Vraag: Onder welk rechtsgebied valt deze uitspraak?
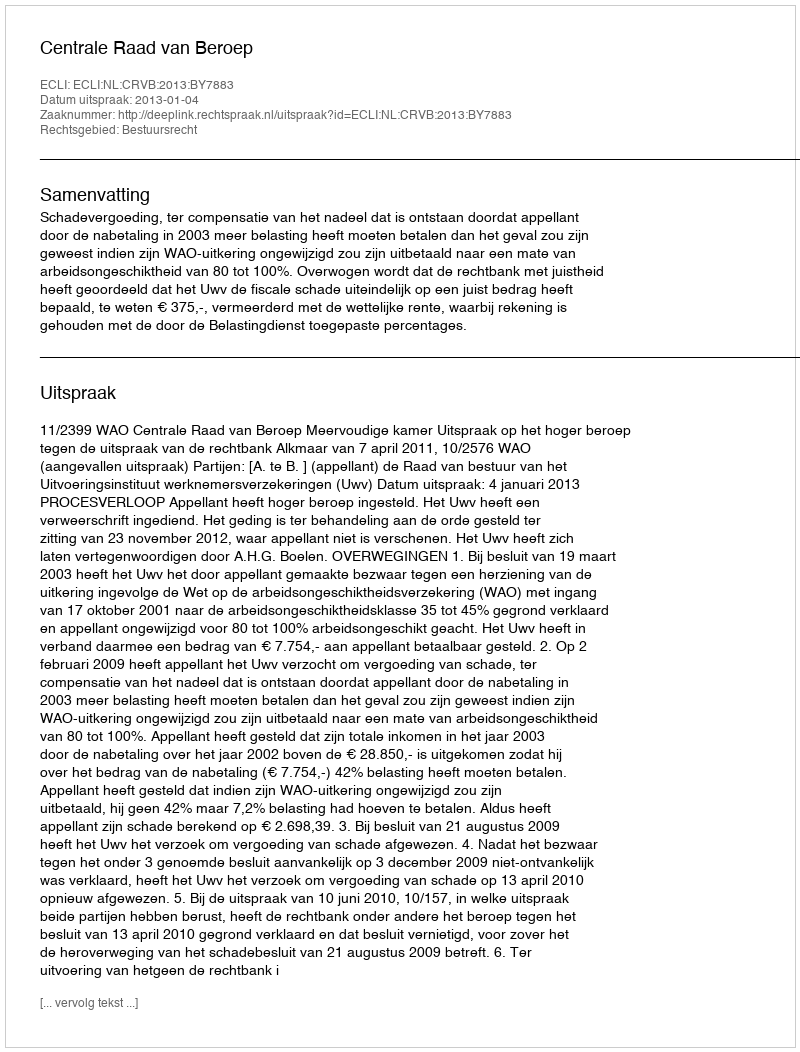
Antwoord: Bestuursrecht